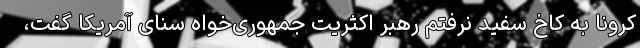
کرونا به کاخ سفید نرفتم رهبر اکثریت جمهوری‌خواه سنای آمریکا گفت،